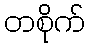
တစိုက်